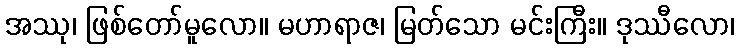
အဿု၊ ဖြစ်တော်မူလော။ မဟာရာဇ၊ မြတ်သော မင်းကြီး။ ဒုဿီလော၊